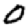
Digit: 0